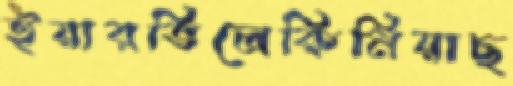
ইয়ারভিলেকিনিয়াছ